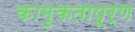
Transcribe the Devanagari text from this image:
कामुकतापूर्ण